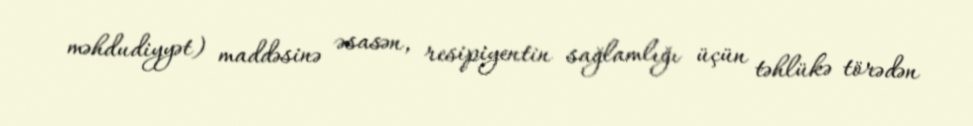
məhdudiyyət) maddəsinə əsasən, resipiyentin sağlamlığı üçün təhlükə törədən